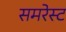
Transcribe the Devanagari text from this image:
समरेस्ट